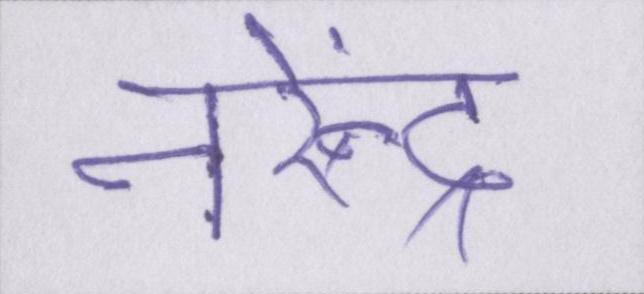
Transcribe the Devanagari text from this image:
नरेंन्द्र